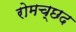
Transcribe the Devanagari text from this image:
रोमच्छद